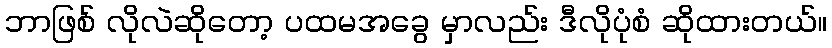
ဘာဖြစ် လိုလဲဆိုတော့ ပထမအခွေ မှာလည်း ဒီလိုပုံစံ ဆိုထားတယ်။